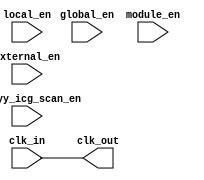
/*Copyright 2020-2021 T-Head Semiconductor Co., Ltd.

Licensed under the Apache License, Version 2.0 (the "License");
you may not use this file except in compliance with the License.
You may obtain a copy of the License at

    http://www.apache.org/licenses/LICENSE-2.0

Unless required by applicable law or agreed to in writing, software
distributed under the License is distributed on an "AS IS" BASIS,
WITHOUT WARRANTIES OR CONDITIONS OF ANY KIND, either express or implied.
See the License for the specific language governing permissions and
limitations under the License.
*/

module gated_clk_cell(
  clk_in,
  global_en,
  module_en,
  local_en,
  external_en,
  pad_yy_icg_scan_en,
  clk_out
);

input  clk_in;
input  global_en;
input  module_en;
input  local_en;
input  external_en;
input  pad_yy_icg_scan_en;
output clk_out;

wire   clk_en_bf_latch;
wire   SE;

assign clk_en_bf_latch = (global_en && (module_en || local_en)) || external_en ;

// SE driven from primary input, held constant
assign SE	       = pad_yy_icg_scan_en;
 
// //   &Connect(    .clk_in           (clk_in), @50
// //                .SE               (SE), @51
// //                .external_en      (clk_en_bf_latch), @52
// //                .clk_out          (clk_out) @53
// //                ) ; @54

assign clk_out = clk_in;

endmodule